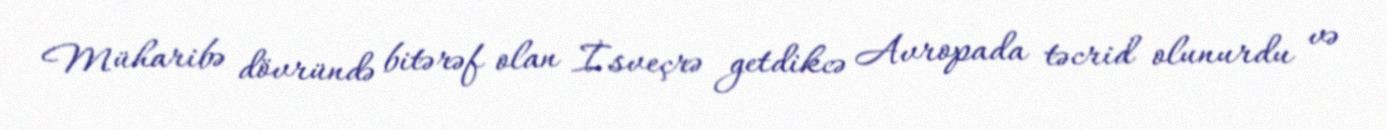
Müharibə dövründə bitərəf olan İsveçrə getdikcə Avropada təcrid olunurdu və